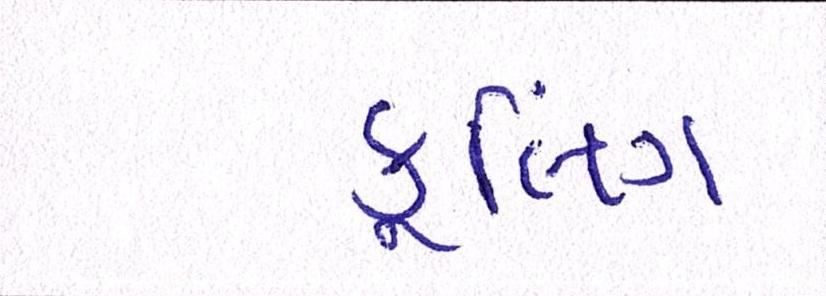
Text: કૂલિંગ